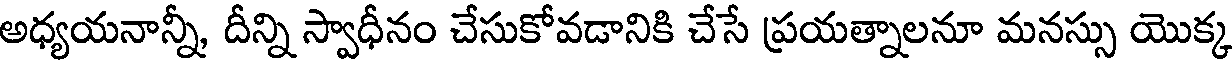
అధ్యయనాన్నీ, దీన్ని స్వాధీనం చేసుకోవడానికి చేసే ప్రయత్నాలనూ మనస్సు యొక్క